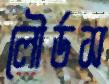
লৌর্ডস